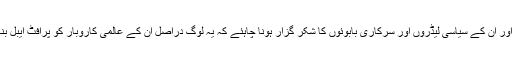
اسے تو پاکستان جیسے ملکوں اور ان کے سیاسی لیڈروں اور سرکاری بابوئوں کا شکر گزار ہونا چاہئے کہ یہ لوگ دراصل ان کے عالمی کاروبار کو پرافٹ ایبل بنانے میں اہم رول ادا کرتے ہیں۔